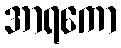
အာရကော